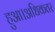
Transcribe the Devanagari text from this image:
हुआ।अधिकतर